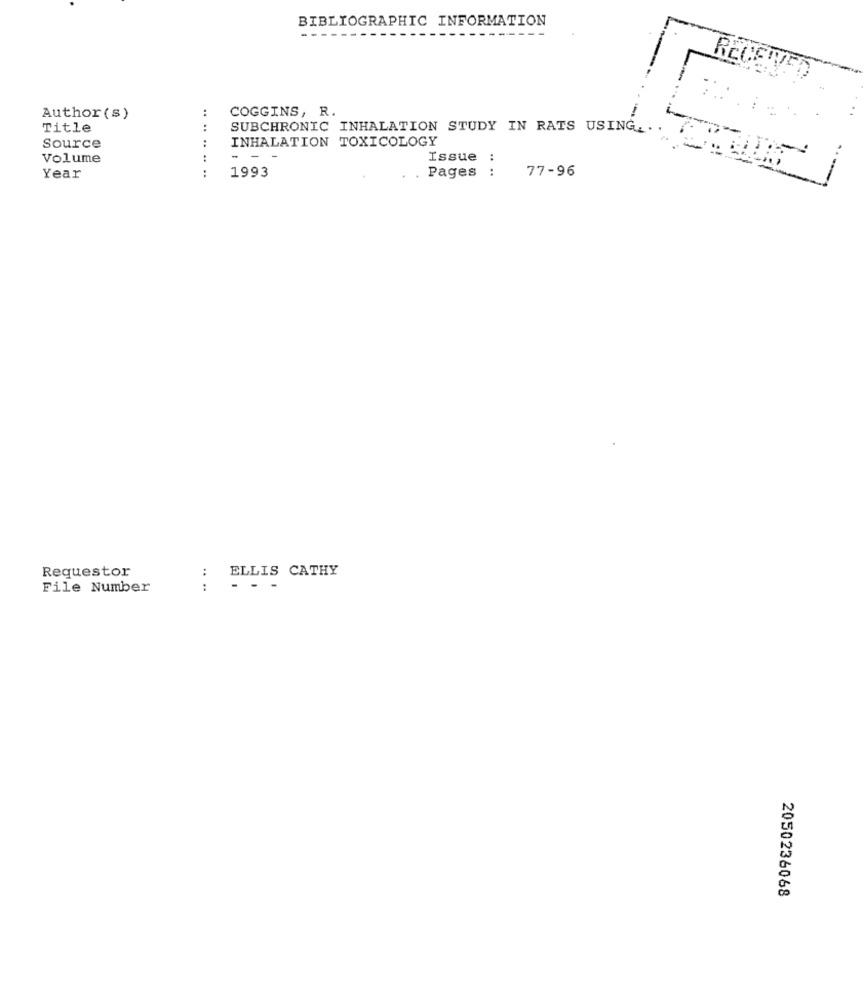
BIBLIOGRAPHIC INFORMATION
---
COGGINS, R.
Author (s)
... .
Title
SUBCHRONIC INHALATION STUDY IN RATS USING ..
INHALATION TOXICOLOGY
Source
Volume
- - -
Issue :
:
77-96
Year
1993
Pages :
Requestor
:
ELLIS CATHY
File Number
:
- - -
2050236068